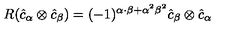
R ( \hat { c } _ { \alpha } \otimes \hat { c } _ { \beta } ) = ( - 1 ) ^ { \alpha \cdot \beta + { \alpha } ^ { 2 } { \beta } ^ { 2 } } \hat { c } _ { \beta } \otimes \hat { c } _ { \alpha }